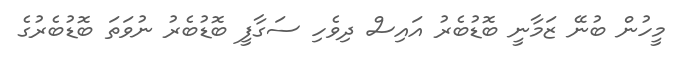
މީހުން ބުނޭ ޒަމާނީ ބޮޑުބެރު އައިސް ދިވެހި ސަގާފީ ބޮޑުބެރު ނުވަތަ ބޮޑުބެރުގެ